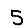
Digit: 5